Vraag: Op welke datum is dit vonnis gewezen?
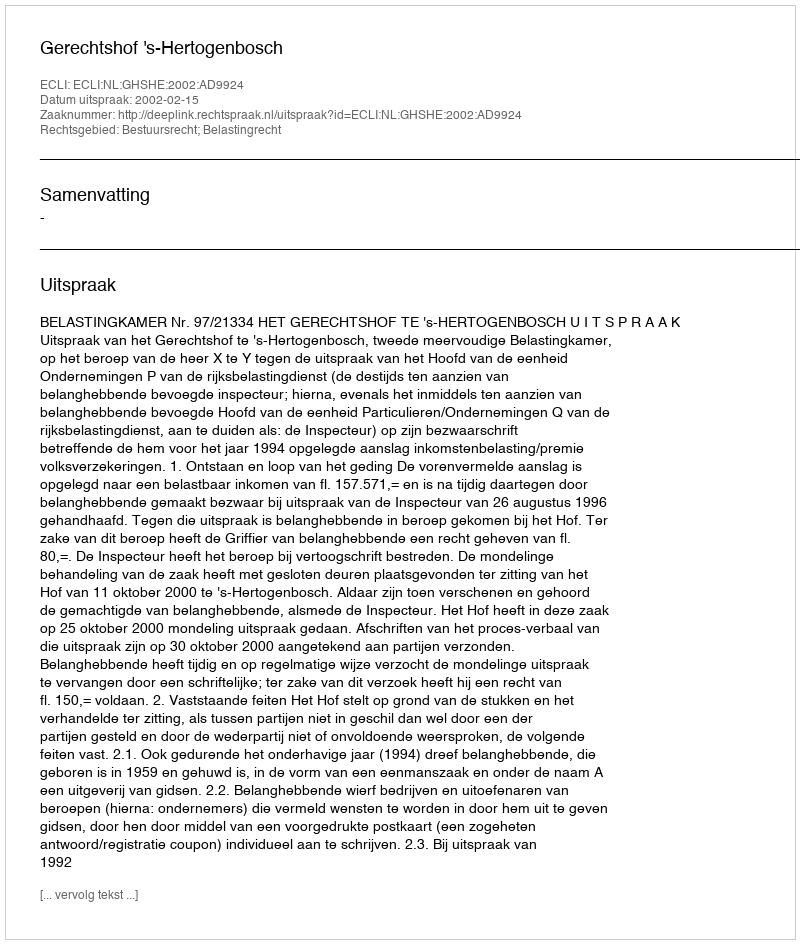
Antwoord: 2002-02-15